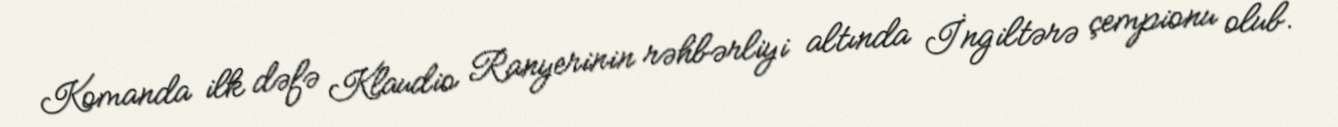
Komanda ilk dəfə Klaudio Ranyerinin rəhbərliyi altında İngiltərə çempionu olub.